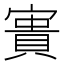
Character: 𡪲